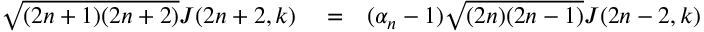
\begin{array} { r l r } { \sqrt { ( 2 n + 1 ) ( 2 n + 2 ) } J ( 2 n + 2 , k ) } & { { } = } & { ( \alpha _ { n } - 1 ) \sqrt { ( 2 n ) ( 2 n - 1 ) } J ( 2 n - 2 , k ) } \end{array}